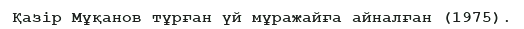
Қазір Мұқанов тұрған үй мұражайға айналған (1975).